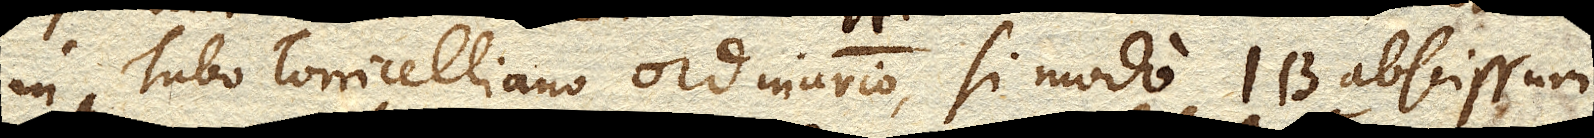
in Tubo Torricelliano ordinario, si modo IB. abscissum